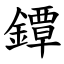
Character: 鐔